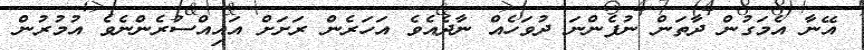
އޭނާ އެމަގުން ދާތަން ނުފެންނަ ދުވަހެއް ނާދެއެވެ އަހަރެން ރަށަށް އައިއްސުރެންނެވެ އުމުރުން